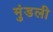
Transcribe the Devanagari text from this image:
मुंडली